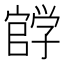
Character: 𰌰